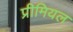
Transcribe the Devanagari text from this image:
प्रीमियल